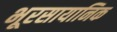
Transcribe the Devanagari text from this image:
भूरसायानिक